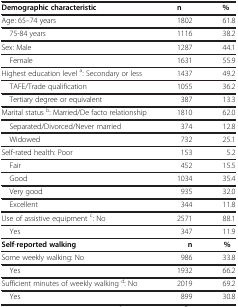
<table><thead><tr><td><b>Demographic characteristic</b></td><td><b>n</b></td><td><b>%</b></td></tr></thead><tbody><tr><td>Age: 65–74 years</td><td>1802</td><td>61.8</td></tr><tr><td> 75-84 years</td><td>1116</td><td>38.2</td></tr><tr><td>Sex: Male</td><td>1287</td><td>44.1</td></tr><tr><td> Female</td><td>1631</td><td>55.9</td></tr><tr><td>Highest education level <sup>a</sup>: Secondary or less</td><td>1437</td><td>49.2</td></tr><tr><td> TAFE/Trade qualification</td><td>1055</td><td>36.2</td></tr><tr><td> Tertiary degree or equivalent</td><td>387</td><td>13.3</td></tr><tr><td>Marital status <sup>b</sup>: Married/De facto relationship</td><td>1810</td><td>62.0</td></tr><tr><td> Separated/Divorced/Never married</td><td>374</td><td>12.8</td></tr><tr><td> Widowed</td><td>732</td><td>25.1</td></tr><tr><td>Self-rated health: Poor</td><td>153</td><td>5.2</td></tr><tr><td> Fair</td><td>452</td><td>15.5</td></tr><tr><td> Good</td><td>1034</td><td>35.4</td></tr><tr><td> Very good</td><td>935</td><td>32.0</td></tr><tr><td> Excellent</td><td>344</td><td>11.8</td></tr><tr><td>Use of assistive equipment <sup>c</sup>: No</td><td>2571</td><td>88.1</td></tr><tr><td> Yes</td><td>347</td><td>11.9</td></tr><tr><td><b>Self</b>-<b>reported walking</b></td><td><b>n</b></td><td><b>%</b></td></tr><tr><td>Some weekly walking: No</td><td>986</td><td>33.8</td></tr><tr><td> Yes</td><td>1932</td><td>66.2</td></tr><tr><td>Sufficient minutes of weekly walking <sup>d</sup>: No</td><td>2019</td><td>69.2</td></tr><tr><td> Yes</td><td>899</td><td>30.8</td></tr></tbody></table>